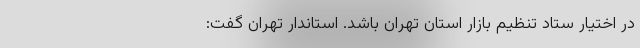
در اختیار ستاد تنظیم بازار استان تهران باشد. استاندار تهران گفت: